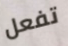
تفعل